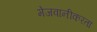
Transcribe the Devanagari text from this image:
मेजवानीकरता